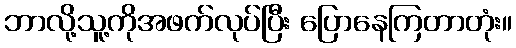
ဘာလို့သူ့ကိုအဖက်လုပ်ပြီး ပြောနေကြတာတုံး။